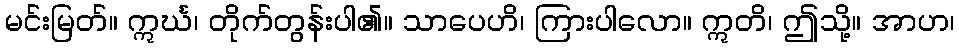
မင်းမြတ်။ ဣင်္ဃ၊ တိုက်တွန်းပါ၏။ သာပေဟိ၊ ကြားပါလော။ ဣတိ၊ ဤသို့။ အာဟ၊